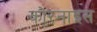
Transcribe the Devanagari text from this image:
कोरनाइस